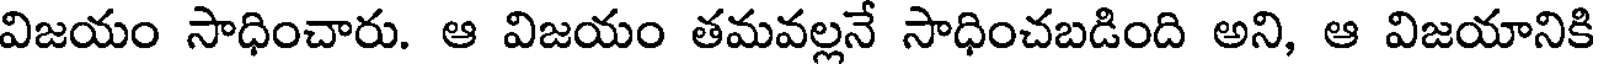
విజయం సాధించారు. ఆ విజయం తమవల్లనే సాధించబడింది అని, ఆ విజయానికి